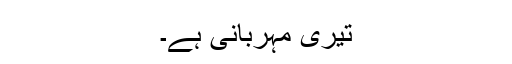
تیری مہربانی ہے۔